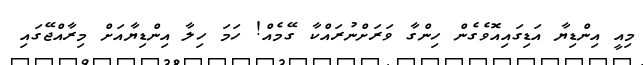
މިއީ އިންޑިޔާ އަޑިގައިއޮވެގެން ހިންގާ ވަރަށްނުރައްކާ ގޭމެއް! ހަމަ ހިލާ އިންޑިޔާއަށް މިރާއްޖޭގައި